Report of the Imperial Institute of Veterinary Research, Muktesar
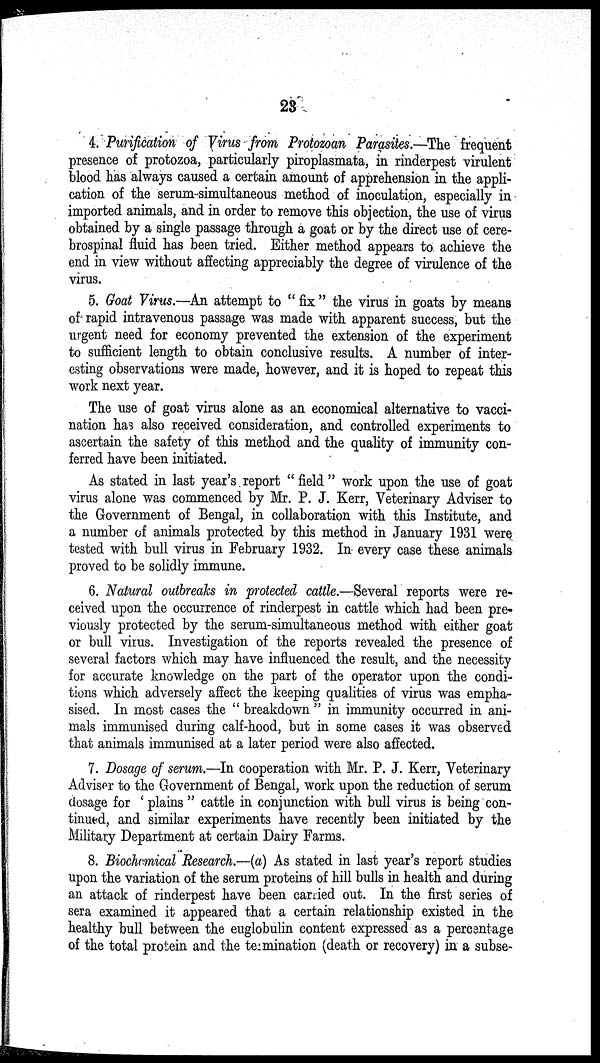
23
4. Purification of Virus from Protozoan Parasites.—The frequent
presence of protozoa, particularly piroplasmata, in rinderpest virulent
blood has always caused a certain amount of apprehension in the appli-
cation of the serum-simultaneous method of inoculation, especially in
imported animals, and in order to remove this objection, the use of virus
obtained by a single passage through a goat or by the direct use of cere-
brospinal fluid has been tried. Either method appears to achieve the
end in view without affecting appreciably the degree of virulence of the
virus.
5. Goat Virus.—An attempt to " fix " the virus in goats by means
of rapid intravenous passage was made with apparent success, but the
urgent need for economy prevented the extension of the experiment
to sufficient length to obtain conclusive results. A number of inter-
esting observations were made, however, and it is hoped to repeat this
work next year.
The use of goat virus alone as an economical alternative to vacci-
nation has also received consideration, and controlled experiments to
ascertain the safety of this method and the quality of immunity con-
ferred have been initiated.
As stated in last year's report " field " work upon the use of goat
virus alone was commenced by Mr. P. J. Kerr, Veterinary Adviser to
the Government of Bengal, in collaboration with this Institute, and
a number of animals protected by this method in January 1931 were
tested with bull virus in February 1932. In every case these animals
proved to be solidly immune.
6. Natural outbreaks in protected cattle.—Several reports were re-
ceived upon the occurrence of rinderpest in cattle which had been pre-
viously protected by the serum-simultaneous method with either goat
or bull virus. Investigation of the reports revealed the presence of
several factors which may have influenced the result, and the necessity
for accurate knowledge on the part of the operator upon the condi-
tions which adversely affect the keeping qualities of virus was empha-
sised. In most cases the " breakdown " in immunity occurred in ani-
mals immunised during calf-hood, but in some cases it was observed
that animals immunised at a later period were also affected.
7. Dosage of serum.—In cooperation with Mr. P. J. Kerr, Veterinary
Adviser to the Government of Bengal, work upon the reduction of serum
dosage for ' plains " cattle in conjunction with bull virus is being con-
tinued, and similar experiments have recently been initiated by the
Military Department at certain Dairy Farms.
8. Biochemical Research.—(a) As stated in last year's report studies
upon the variation of the serum proteins of hill bulls in health and during
an attack of rinderpest have been carried out. In the first series of
sera examined it appeared that a certain relationship existed in the
healthy bull between the euglobulin content expressed as a percentage
of the total protein and the termination (death or recovery) in a subse-